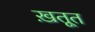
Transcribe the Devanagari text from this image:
ख़तूत